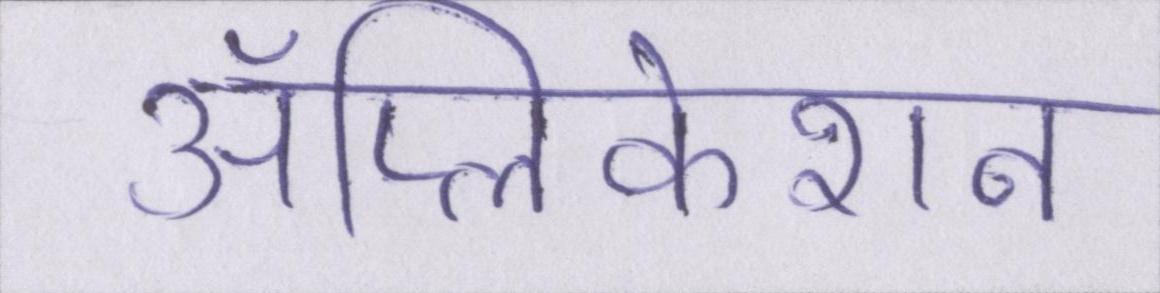
ॲप्लिकेशन